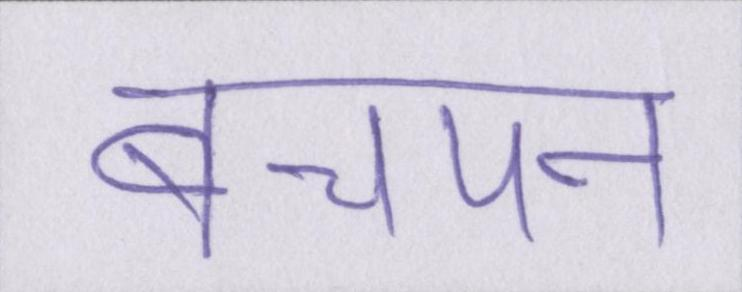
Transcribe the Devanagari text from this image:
बचपन